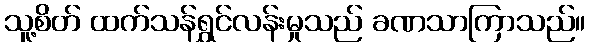
သူ့စိတ် ထက်သန်ရွှင်လန်းမှုသည် ခဏသာကြာသည်။